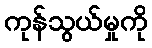
ကုန်သွယ်မှုကို